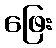
ဖြေး